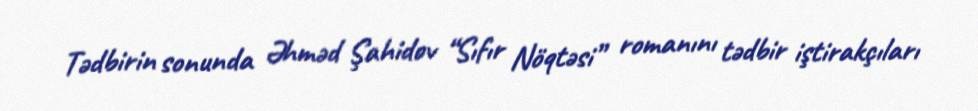
Tədbirin sonunda Əhməd Şahidov “Sıfır Nöqtəsi” romanını tədbir iştirakçıları